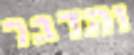
והדבר